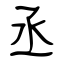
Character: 丞